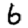
Digit: 6